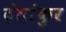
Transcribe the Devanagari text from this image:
दंतांकुर